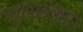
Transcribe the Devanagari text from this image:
गुणालंकार